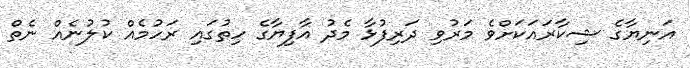
އަނިޔާގެ ޝިކާރައަކަށްވެ މަރުވި ދަރިފުޅާ މެދު އާފިޔާގެ ހިތުގައި ރަހުމެއް ކުލުނެއް ނެތް